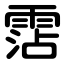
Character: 霑